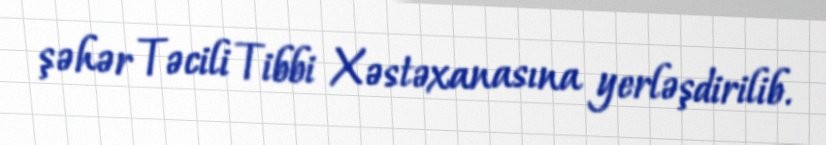
şəhər Təcili Tibbi Xəstəxanasına yerləşdirilib.